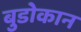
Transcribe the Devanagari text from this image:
बुडोकान